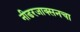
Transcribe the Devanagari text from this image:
नीडरजाक्सनचा